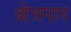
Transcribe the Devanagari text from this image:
क्षेत्रपार